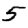
Digit: 5